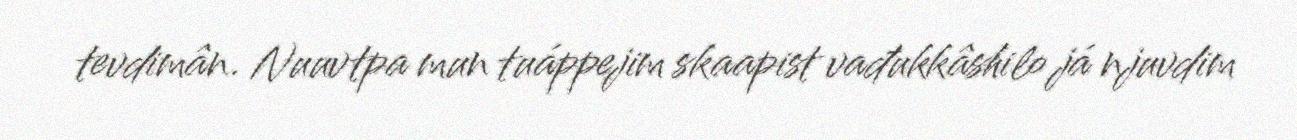
tevdimân. Nuuvtpa mun tuáppejim skaapist vađukkâshilo já njuvdim